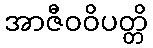
အာဇီဝဝိပတ္တိ